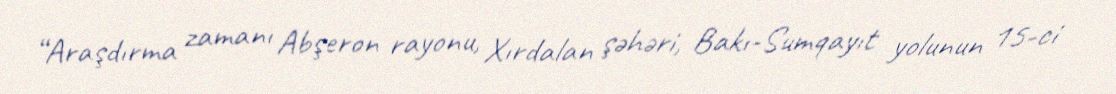
“Araşdırma zamanı Abşeron rayonu, Xırdalan şəhəri, Bakı-Sumqayıt yolunun 15-ci